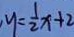
y = \frac { 1 } { 2 } x + 2